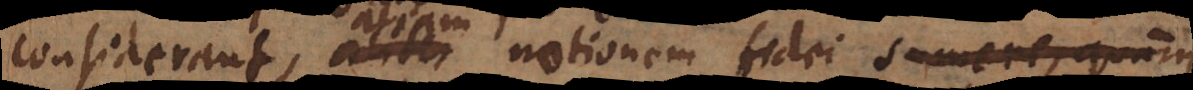
considerant, aliter notionem fidei sumere,